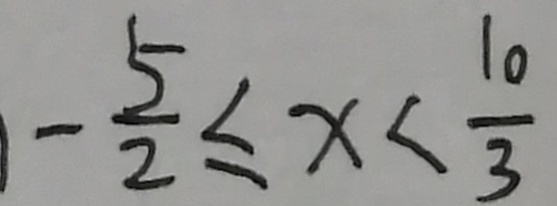
- \frac { 5 } { 2 } \leq x < \frac { 1 0 } { 3 }